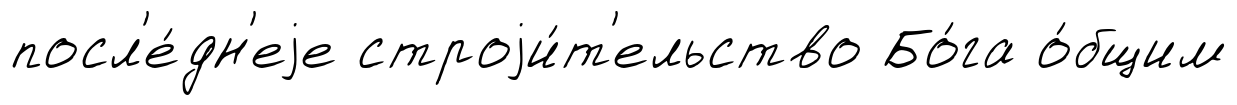
посл'е́дн'еjе строjи́т'ельство Бо́га о́бщим